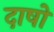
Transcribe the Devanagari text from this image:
दाषों